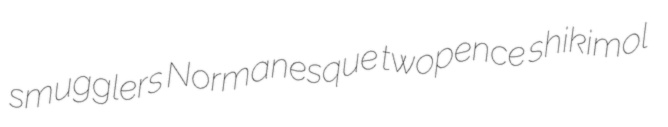
smugglers Normanesque twopence shikimol